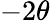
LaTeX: -2\theta